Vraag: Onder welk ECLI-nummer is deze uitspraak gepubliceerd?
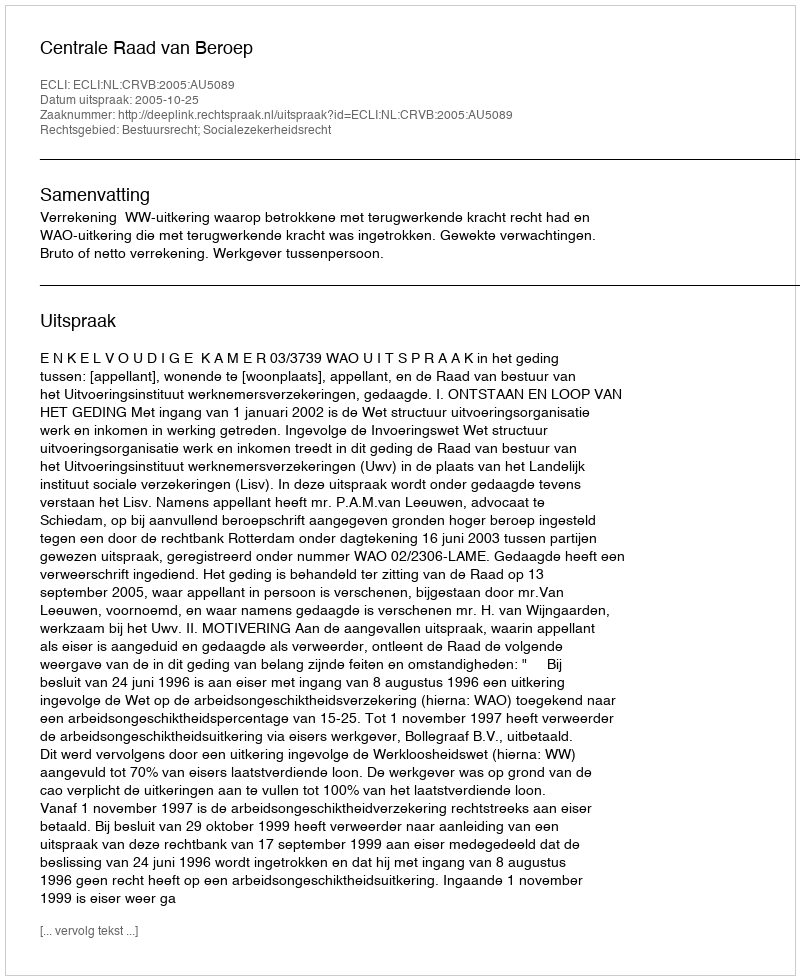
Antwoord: ECLI:NL:CRVB:2005:AU5089